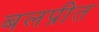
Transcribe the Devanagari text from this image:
बलप्रीत